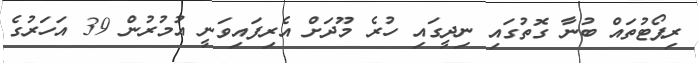
ރިޕޯޓުތައް ބުނާ ގޮތުގައި ނިދީގައި ހުރެ މޫދަށް އެރިފައިވަނީ އުމުރުން 39 އަހަރުގެ